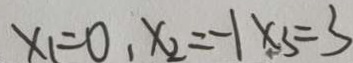
x _ { 1 } = 0 , x _ { 2 } = - 1 x _ { 3 } = 3